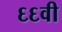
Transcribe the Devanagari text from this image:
६६वी